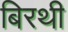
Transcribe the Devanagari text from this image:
बिरथी